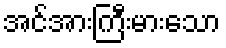
အင်အားကြီးမားသော